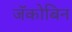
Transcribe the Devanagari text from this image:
जॅकोबिन